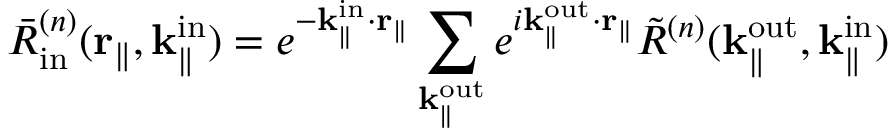
\bar { R } _ { \mathrm { i n } } ^ { ( n ) } ( \mathbf { r } _ { \parallel } , \mathbf { k } _ { \parallel } ^ { \mathrm { i n } } ) = e ^ { - \mathbf { k } _ { \parallel } ^ { \mathrm { i n } } \cdot \mathbf { r } _ { \parallel } } \sum _ { \mathbf { k } _ { \parallel } ^ { \mathrm { o u t } } } e ^ { i \mathbf { k } _ { \parallel } ^ { \mathrm { o u t } } \cdot \mathbf { r } _ { \parallel } } \Tilde { R } ^ { ( n ) } ( { \mathbf { k } _ { \parallel } ^ { \mathrm { o u t } } } , \mathbf { k } _ { \parallel } ^ { \mathrm { i n } } )